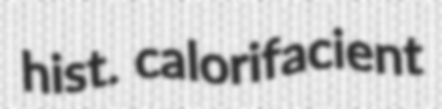
hist. calorifacient